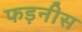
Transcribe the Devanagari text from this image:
फड़नीस